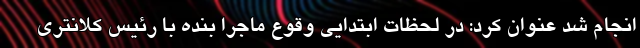
انجام شد عنوان کرد: در لحظات ابتدایی وقوع ماجرا بنده با رئیس کلانتری